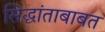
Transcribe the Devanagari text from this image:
सिद्धांताबाबत